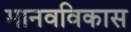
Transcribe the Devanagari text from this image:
मानवविकास